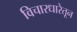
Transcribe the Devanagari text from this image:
विचारधारेतून